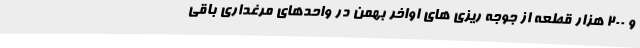
و 200 هزار قطعه از جوجه ریزی های اواخر بهمن در واحدهای مرغداری باقی